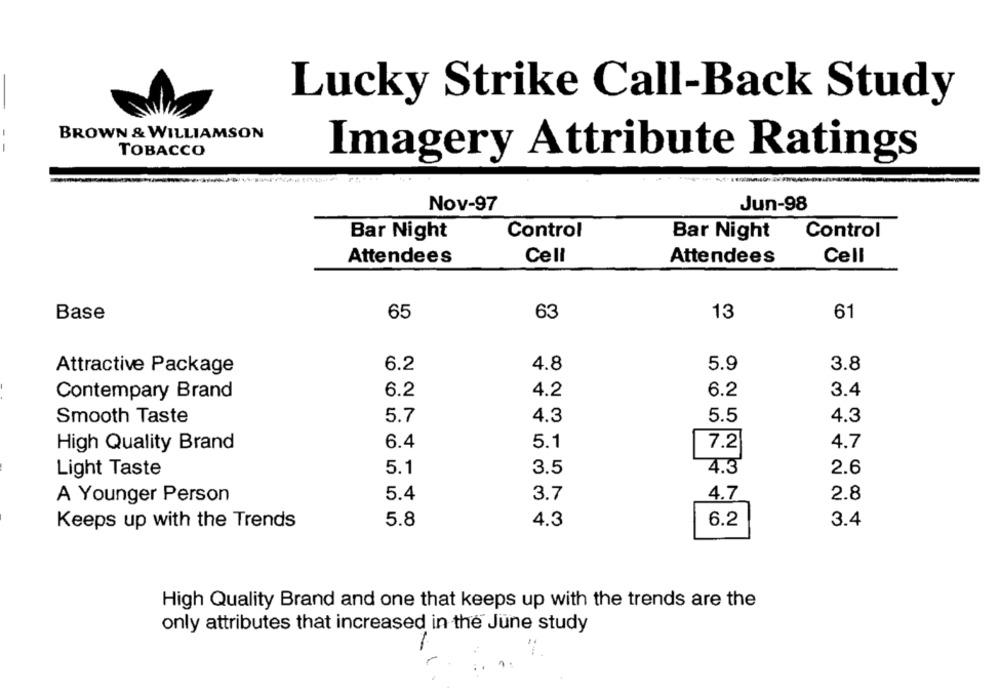
Lucky Strike Call-Back Study
-
BROWN & WILLIAMSON
TOBACCO
Imagery Attribute Ratings
Nov-97
Jun-98
Bar Night
Control
Bar Night
Control
Attendees
Cell
Attendees
Cell
Base
65
63
13
61
6.2
4.8
5.9
3.8
Attractive Package
Contempary Brand
6.2
4.2
6.2
3.4
4.3
5.5
4.3
Smooth Taste
5.7
6.4
5.1
4.7
High Quality Brand
7.2
Light Taste
5.1
3.5
4.3
2.6
A Younger Person
5.4
3.7
4.7
2.8
6.2
3.4
Keeps up with the Trends
5.8
4.3
High Quality Brand and one that keeps up with the trends are the
only attributes that increased in the June study